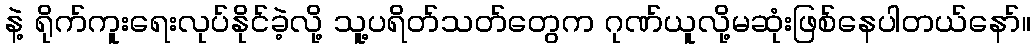
နဲ့ ရိုက်ကူးရေးလုပ်နိုင်ခဲ့လို့ သူ့ပရိတ်သတ်တွေက ဂုဏ်ယူလို့မဆုံးဖြစ်နေပါတယ်နော်။